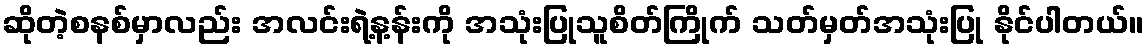
ဆိုတဲ့စနစ်မှာလည်း အလင်းရဲ့န့န်းကို အသုံးပြုသူစိတ်ကြိုက် သတ်မှတ်အသုံးပြု နိုင်ပါတယ်။